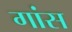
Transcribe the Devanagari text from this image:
गांस